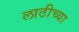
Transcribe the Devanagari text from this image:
लाठीच्या